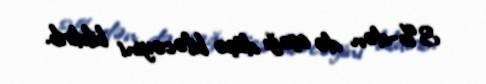
3%-dən də aşağı düşə biləcəyini bildirib.